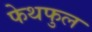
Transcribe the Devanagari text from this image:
फेथफुल